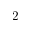
2